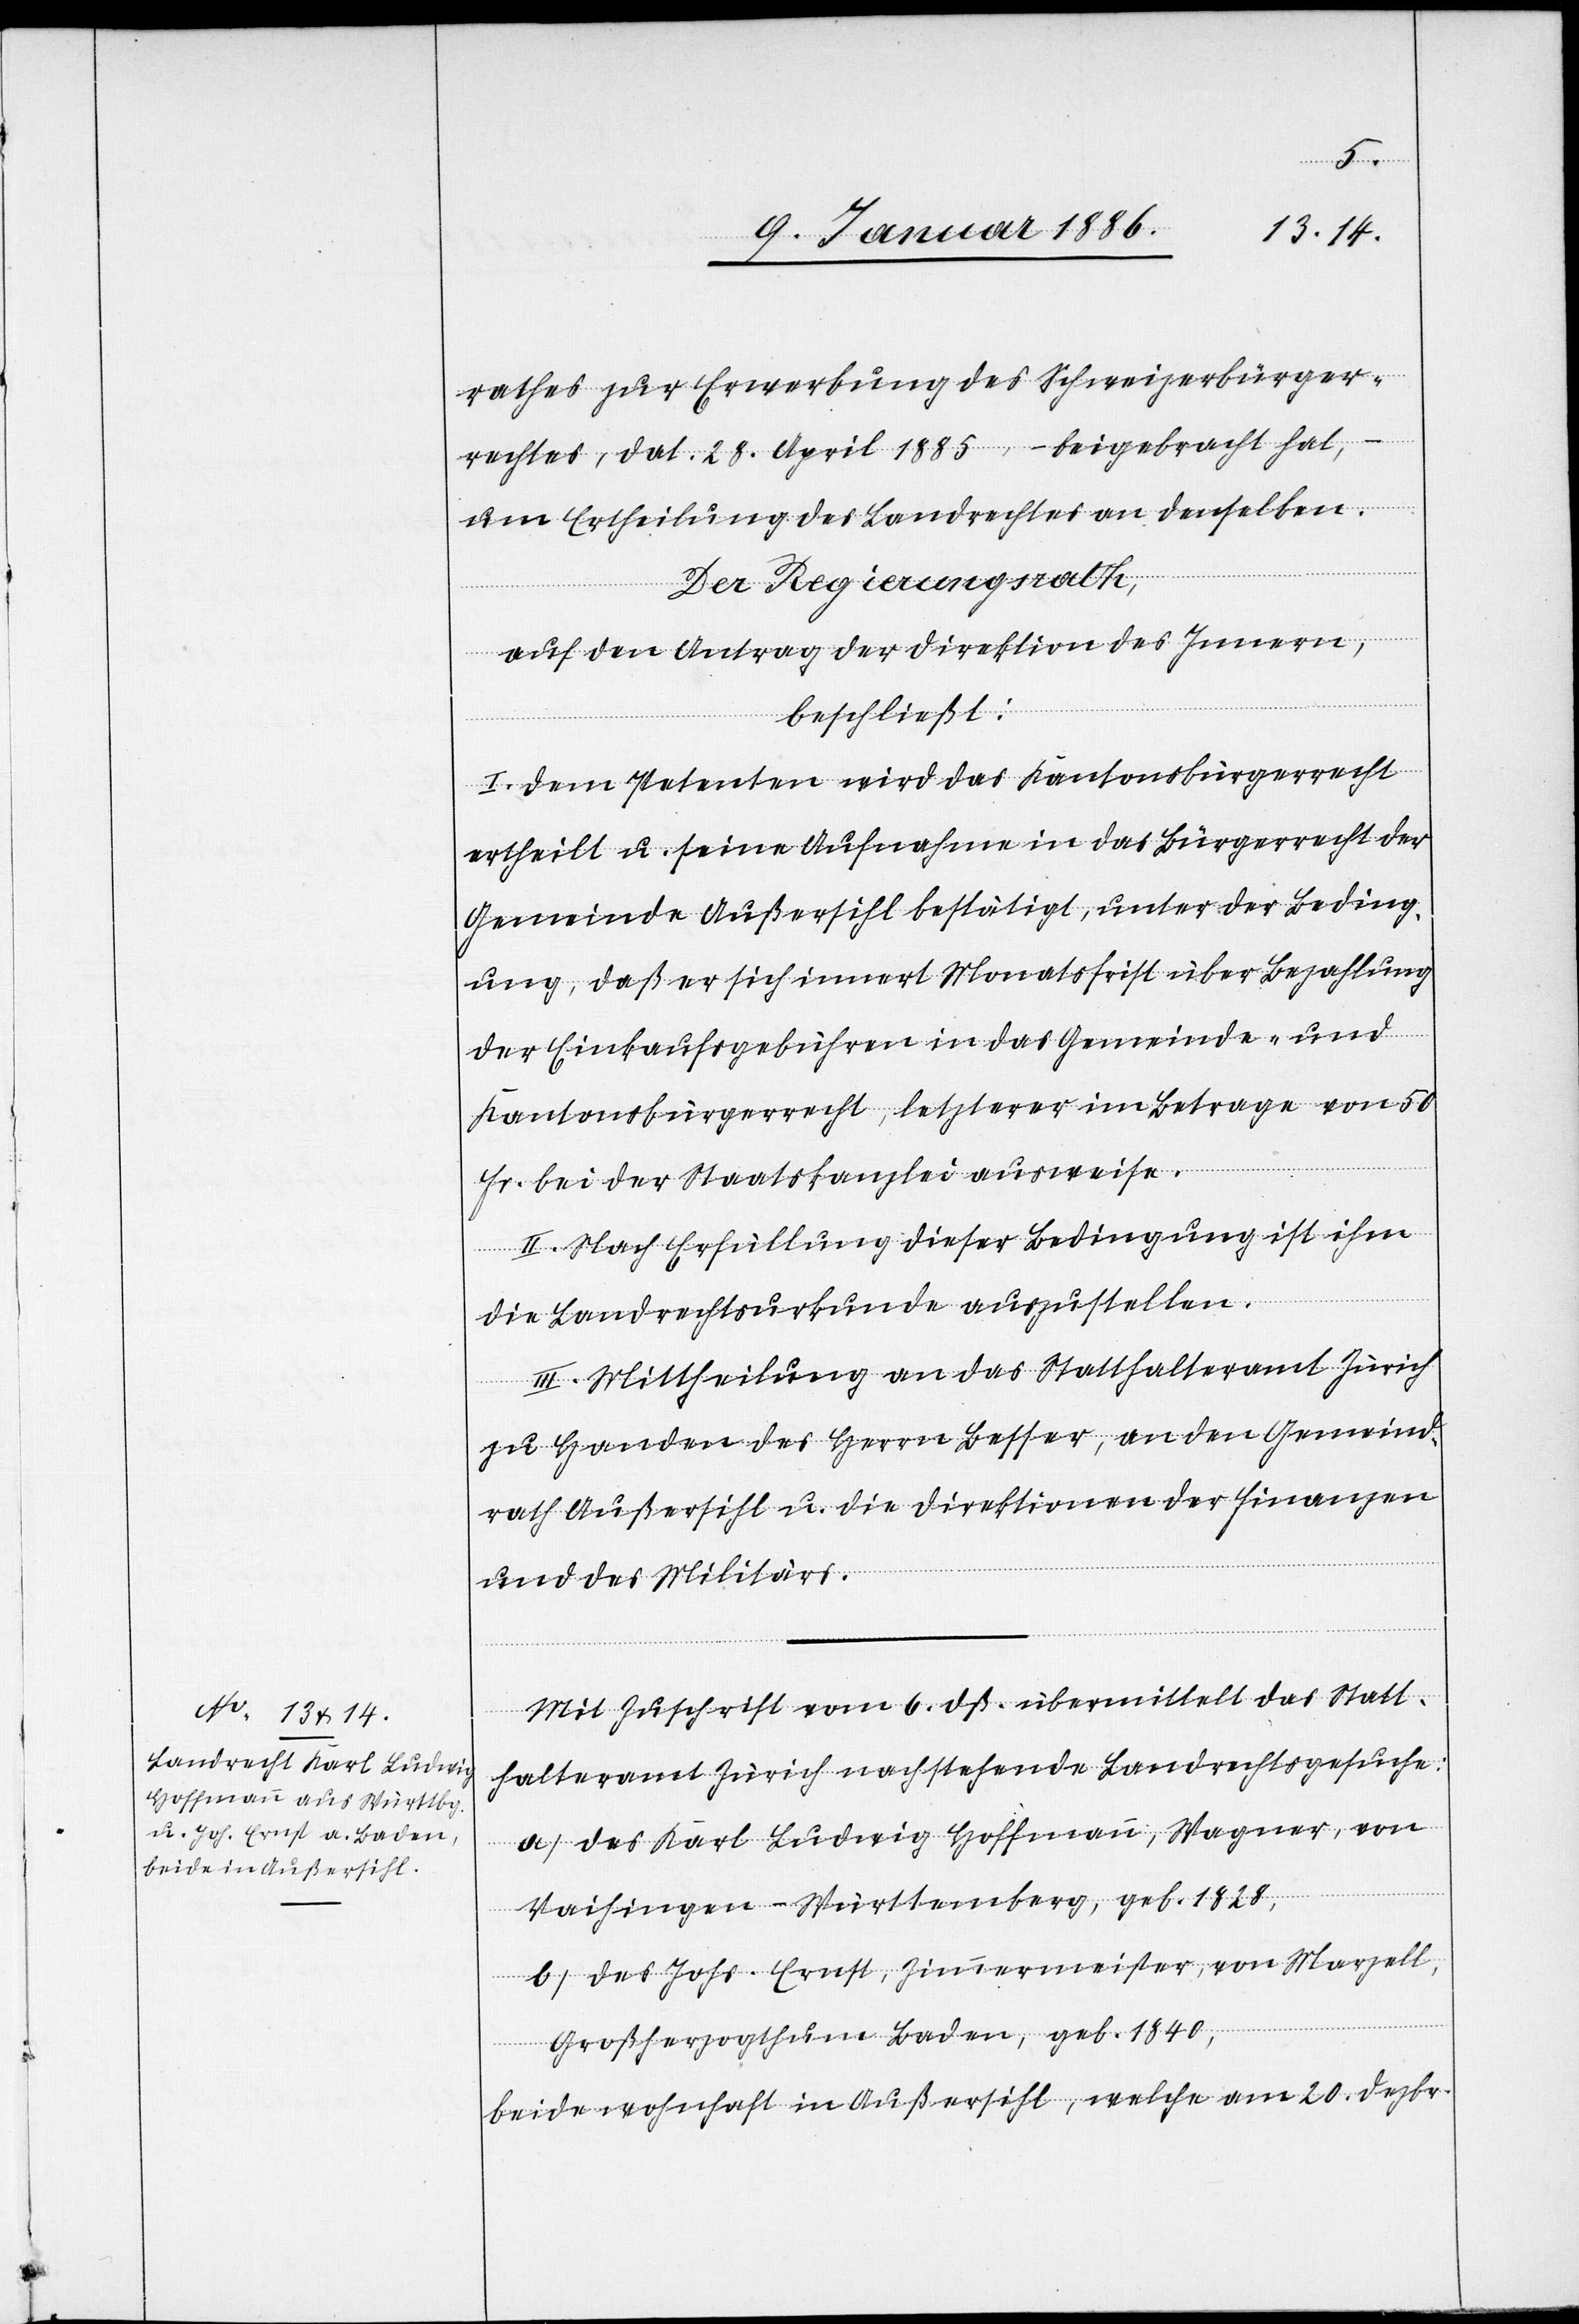
rathes zur Erwerbung des Schweizerbürger¬
rechtes, dat. 28. April 1885, – beigebracht hat,
um Ertheilung des Landrechtes an denselben.
Der Regierungsrath,
nach dem Antrag der Direktion des Innern,
beschließt:
I. Dem Petenten wird das Kantonsbürgerrecht
ertheilt u. seine Aufnahme in das Bürgerrecht der
Gemeinde Außersihl bestätigt, unter der Beding¬
ung, daß er sich innert Monatsfrist über Bezahlung
der Einkaufsgebühren in das Gemeinde- und
Kantonsbürgerrecht, letzterer im Betrage von 50
Fr. bei der Staatskanzlei ausweise.
II. Nach Erfüllung dieser Bedingung ist ihm
die Landrechtsurkunde auszustellen.
III. Mittheilung an das Statthalteramt Zürich
zu Handen des Herrn Besser, an den Gemeind¬
rat Außersihl u. die Direktion der Finanzen
und des Militärs.
Mit Zuschrift vom 6. dß. übermittelt das Statt¬
halteramt Zürich nachstehende Landrechtsgesuche:
a) des Karl Ludwig Hofmann, Wagner, von
Waisingen - Württemberg, geb. 1828,
b) des Johs. Ernst, Zimmermeister, von Marzell,
Großherzogthum Baden, geb. 1840,
beide wohnhaft in Außersihl, welche am 20. Dezbr.